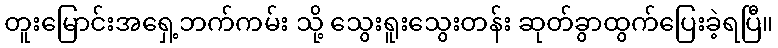
တူးမြောင်းအရှေ့ဘက်ကမ်း သို့ သွေးရူးသွေးတန်း ဆုတ်ခွာထွက်ပြေးခဲ့ရပြီ။